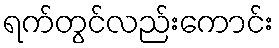
ရက်တွင်လည်းကောင်း